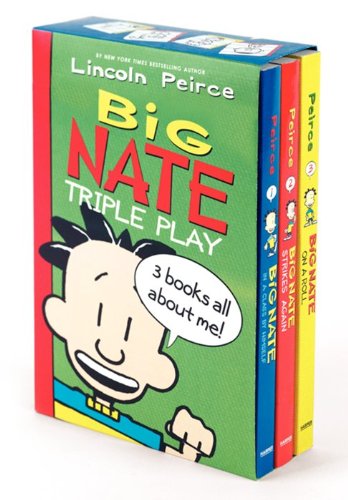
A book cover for Big Nate Triple Play Box Set: Big Nate: In a Class by Himself, Big Nate Strikes Again, Big Nate on a Roll; Lincoln Peirce; Children's Books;